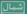
شمال